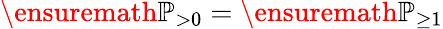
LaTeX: \ensuremath{\mathbb{P}}_{>0}=\ensuremath{\mathbb{P}}_{\geq 1}